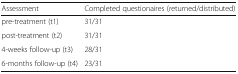
| Assessment | Completed questionaires (returned/distributed) |
 | --- | --- |
 | pre-treatment (t1) | 31/31 |
 | post-treatment (t2) | 31/31 |
 | 4-weeks follow-up (t3) | 28/31 |
 | 6-months follow-up (t4) | 23/31 |